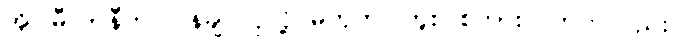
အို၊ မီလာနီက ပြန်ချင်လှလို့ မဟုတ်ပါဘူး၊ စကားလက်ကလည်း